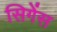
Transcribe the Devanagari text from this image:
सिगेंस